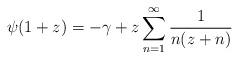
LaTeX: \begin{align*}\psi(1+z) = -\gamma + z \sum_{n=1}^{\infty} \frac{1}{n(z+n)}\end{align*}